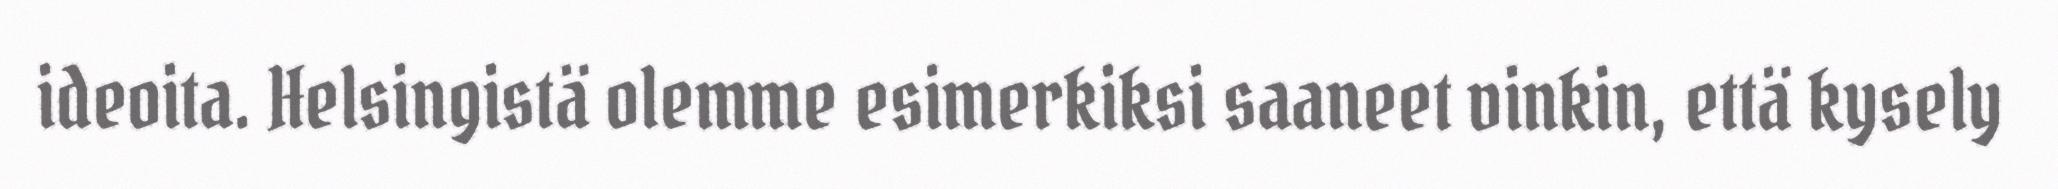
ideoita. Helsingistä olemme esimerkiksi saaneet vinkin, että kysely